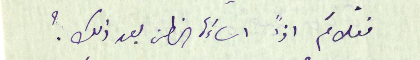
فعلامَ اذاً اساءَة الظن بعد ذلك؟